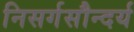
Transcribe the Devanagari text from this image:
निसर्गसौन्दर्य